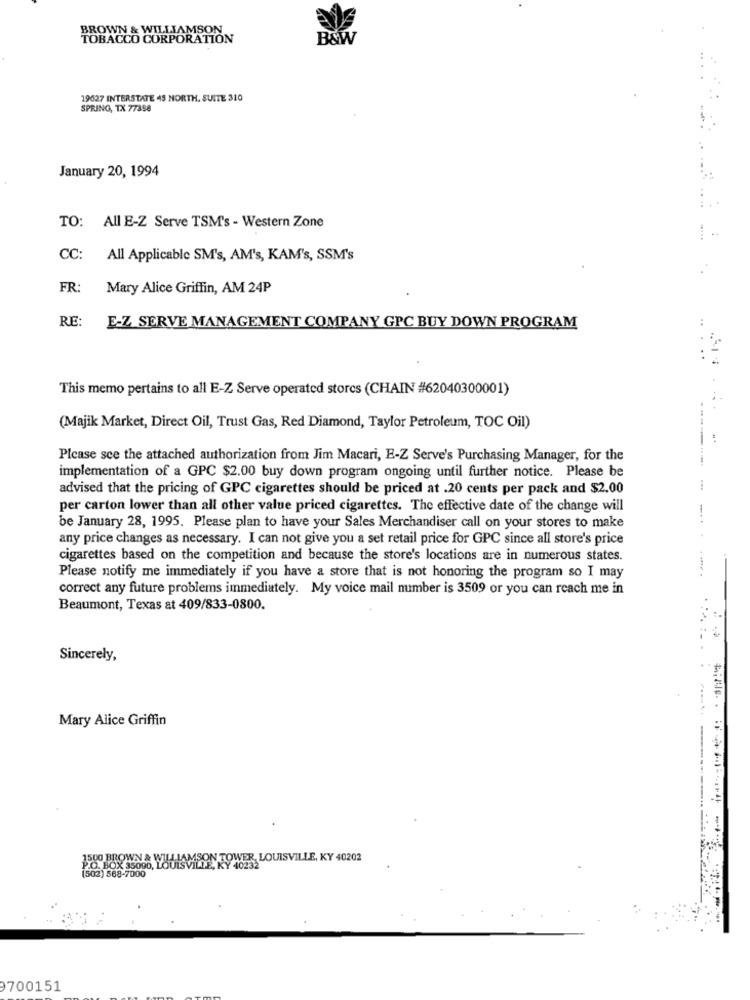
BROWN & WILLIAMSON
TOBACCO CORPORATION
B&W
19627 INTERSTATE 45 NORTH, SUITE 310
SPRING, TX 77358
January 20, 1994
TO: All E-Z Serve TSM's - Western Zone
CC:
All Applicable SM's, AM's, KAM's, SSM's
FR:
Mary Alice Griffin, AM 24P
RE:
E-Z SERVE MANAGEMENT COMPANY GPC BUY DOWN PROGRAM
..
This memo pertains to all E-Z Serve operated storcs (CHAIN #62040300001)
(Majik Market, Direct Oil, Trust Gas, Red Diamond, Taylor Petroleum, TOC Oil)
Please see the attached authorization from Jim Macari, E-Z Serve's Purchasing Manager, for the
implementation of a GPC $2.00 buy down program ongoing until further notice. Please be
advised that the pricing of GPC cigarettes should be priced at .20 cents per pack and $2.00
per carton lower than all other value priced cigarettes. The effective date of the change will
be January 28, 1995. Please plan to have your Sales Merchandiser call on your stores to make
any price changes as necessary. I can not give you a set retail price for GPC since all store's price
cigarettes based on the competition and because the store's locations are in numerous states.
Please notify me immediately if you have a store that is not honoring the program so I may
correct any future problems immediately. My voice mail number is 3509 or you can reach me in
Beaumont, Texas at 409/833-0800.
Sincerely,
Mary Alice Griffin
OPENS WYUHLAMSON TOWER, LOUISVILLE, KY 40202
(502) 568-7000
9700151